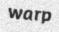
warp